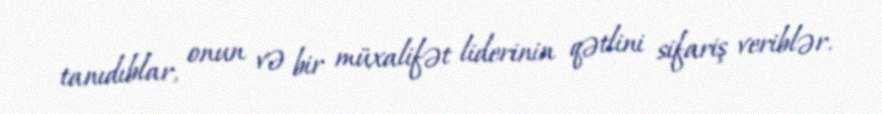
tanıdıblar, onun və bir müxalifət liderinin qətlini sifariş veriblər.